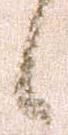
候